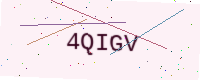
Text: 4QIGV